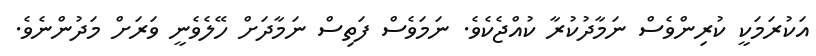
އަކުރަމަކީ ކުރިންވެސް ނަމާދުކުރާ ކުއްޖެކެވެ. ނަމަވެސް ފަތިސް ނަމާދަށް ހޭލެވެނީ ވަރަށް މަދުންނެވެ.